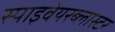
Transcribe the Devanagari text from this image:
स्पाइवेयरब्लास्टर